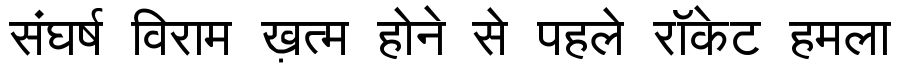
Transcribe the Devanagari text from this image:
संघर्ष विराम ख़त्म होने से पहले रॉकेट हमला